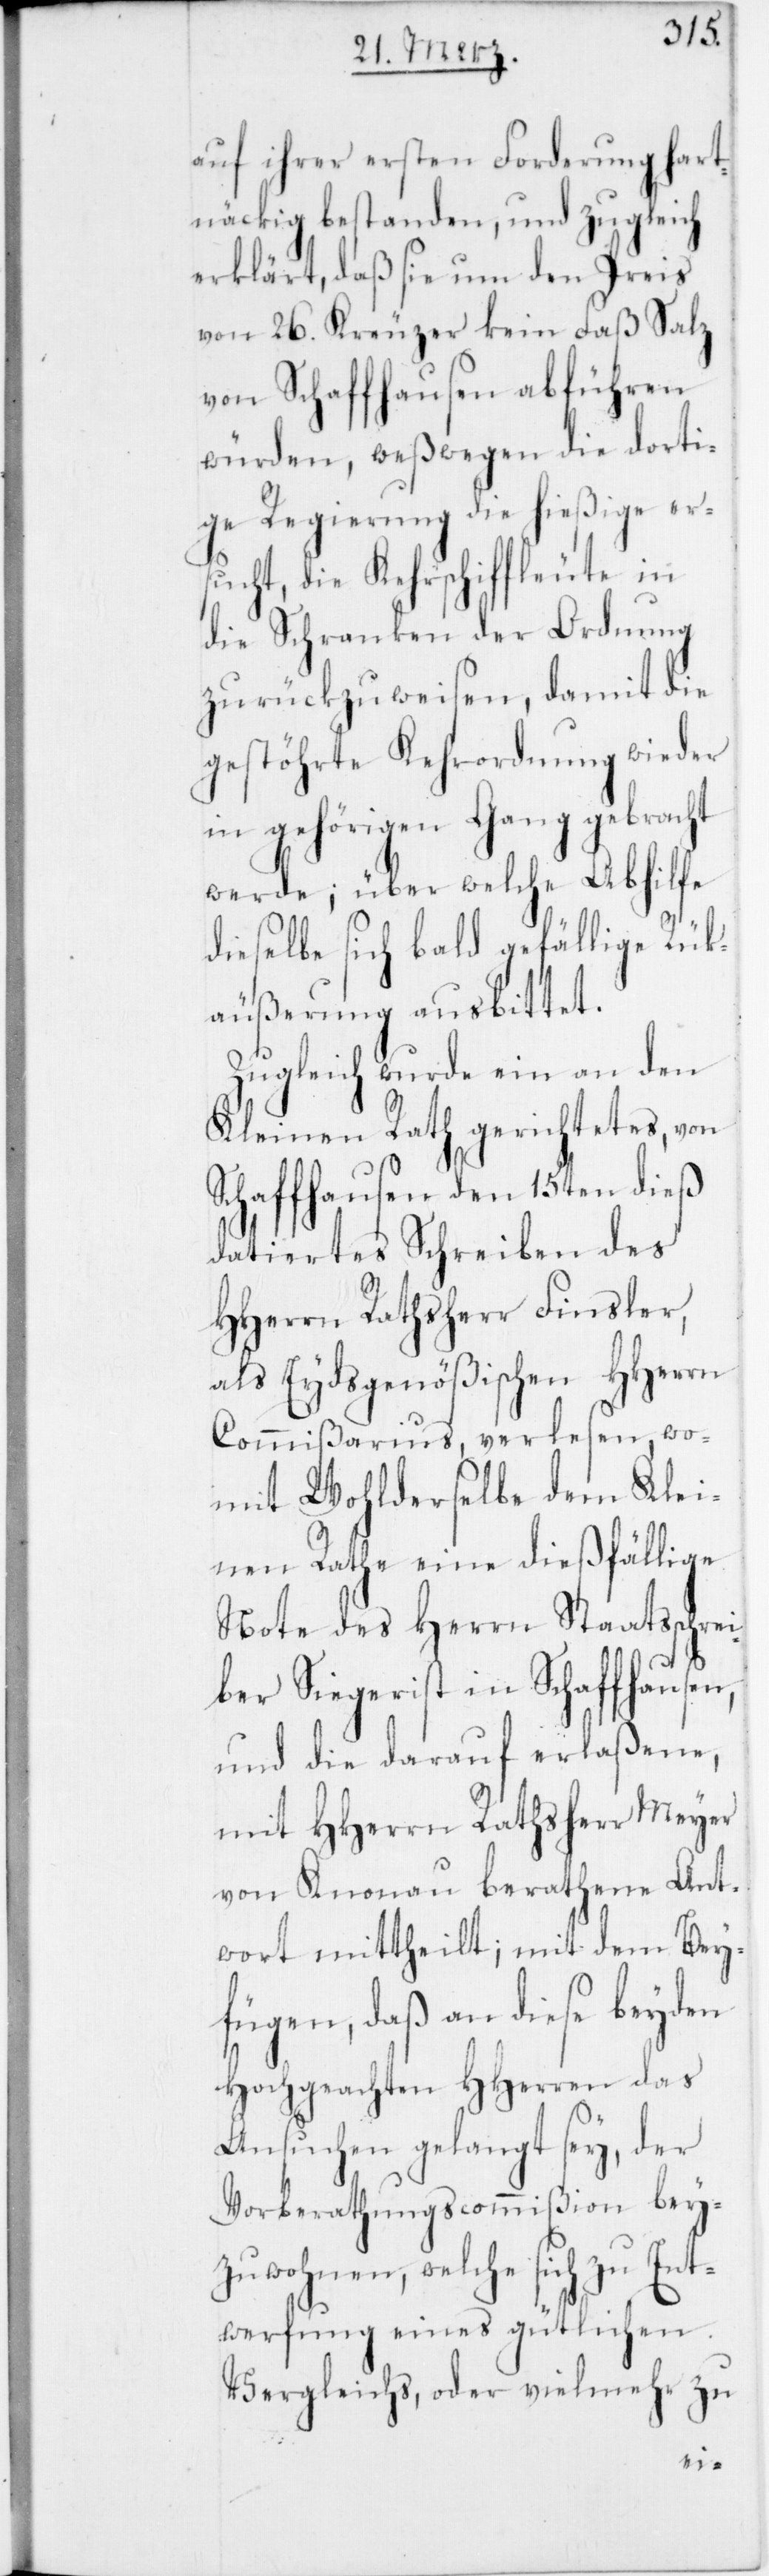
auf ihrer ersten Forderung hart¬
näckig bestanden, und zugleich
erklärt, daß sie um den Preis
von 26. Kreuzer kein Faß Salz
von Schaffhausen abführen
würden, weßwegen die dorti¬
ge Regierung die hießige er¬
sucht, die Kehrschiffleute in
die Schranken der Ordnung
zurückzuweisen, damit die
gestöhrte Kehrordnung wieder
in gehörigen Gang gebracht
werde; über welche Abhilfe
dieselbe sich bald gefällige Rük¬
äußerung ausbittet.
Zugleich wurde ein an den
Kleinen Rath gerichtetes, von
Schaffhausen den 15ten dieß
datiertes Schreiben des
HHerren Rathsherr Finsler,
als Eydsgenößischen HHerrn
Commißarius, verlesen,
womit Wohlderselbe dem Klei¬
nen Rathe eine dießfällige
Note des Herrn Staatssch¬
ber Siegerist in Schaffhausen,
und die darauf erlaßene,
mit HHerrn Rathsherr Meyer
von Knonau berathene Ant¬
wort mittheilt; mit dem Bey¬
fügen, daß an diese beyden
Hochgeachten HHerren das
Ansuchen gelangt sey, der
Vorberathungscommißion bey¬
zuwohnen, welche sich zu Ent¬
werfung eines gütlichen
Vergleichs, oder vielmehr zu
rei¬